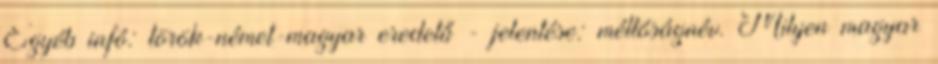
Egyéb infó: török-német-magyar eredetű - jelentése: méltóságnév. Milyen magyar